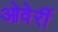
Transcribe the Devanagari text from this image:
ओवेर्री